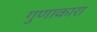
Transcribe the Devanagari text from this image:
गुणाकारा